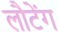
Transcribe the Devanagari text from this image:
लौटेंग